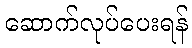
ဆောက်လုပ်ပေးရန်